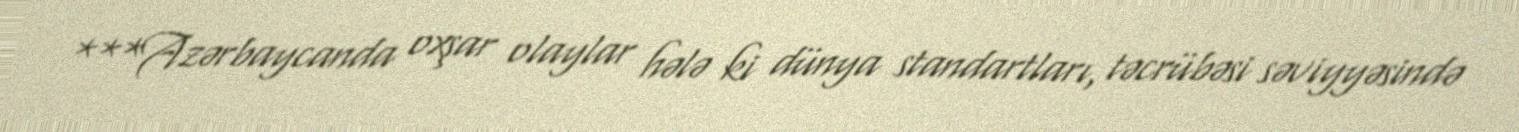
***Azərbaycanda oxşar olaylar hələ ki dünya standartları, təcrübəsi səviyyəsində